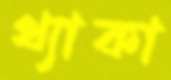
থ্যাকা